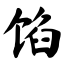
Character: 馅